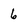
Character: 6